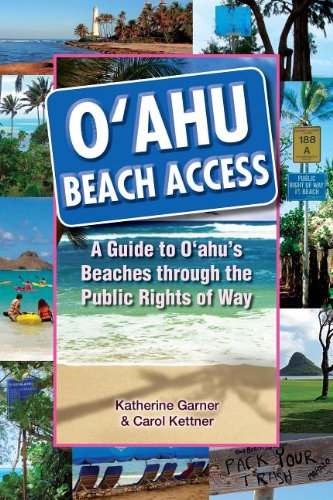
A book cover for Oahu Beach Access: A Guide to Oahu's Beaches Through the Public Rights of Way; Katherine Garner; Travel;